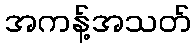
အကန့်အသတ်